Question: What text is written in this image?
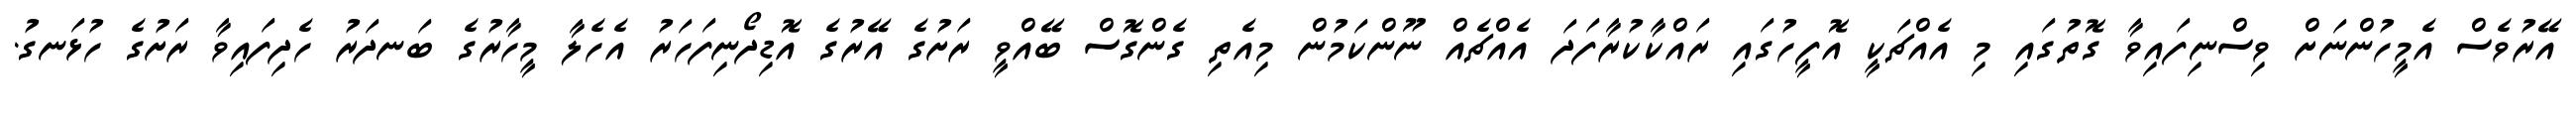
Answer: އޭރުވެސް އެމީހުންނަށް ވިސްނިފައިވާ ގޮތުގައި މި އެއްޗަކީ އޮފީހުގައި ރައްކާކުރާފަދަ އެއްޗެއް ނޫންކަމުން މިއެތި ގެންގޮސް ބޭއްވީ ރަށުގެ އޭރުގެ އޮޑިދޯނިފަހަރު އެހެލާ މީހާރުގެ ބަނދަރު ހެދިފައިވާ ރަށުގެ ހުޅަނގު.